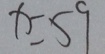
x = 5 9